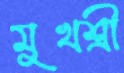
মুখশ্রী